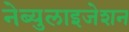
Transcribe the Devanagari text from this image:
नेब्युलाइजेशन